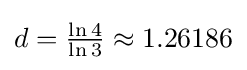
d={\tfrac {\ln 4}{\ln 3}}\approx 1.26186